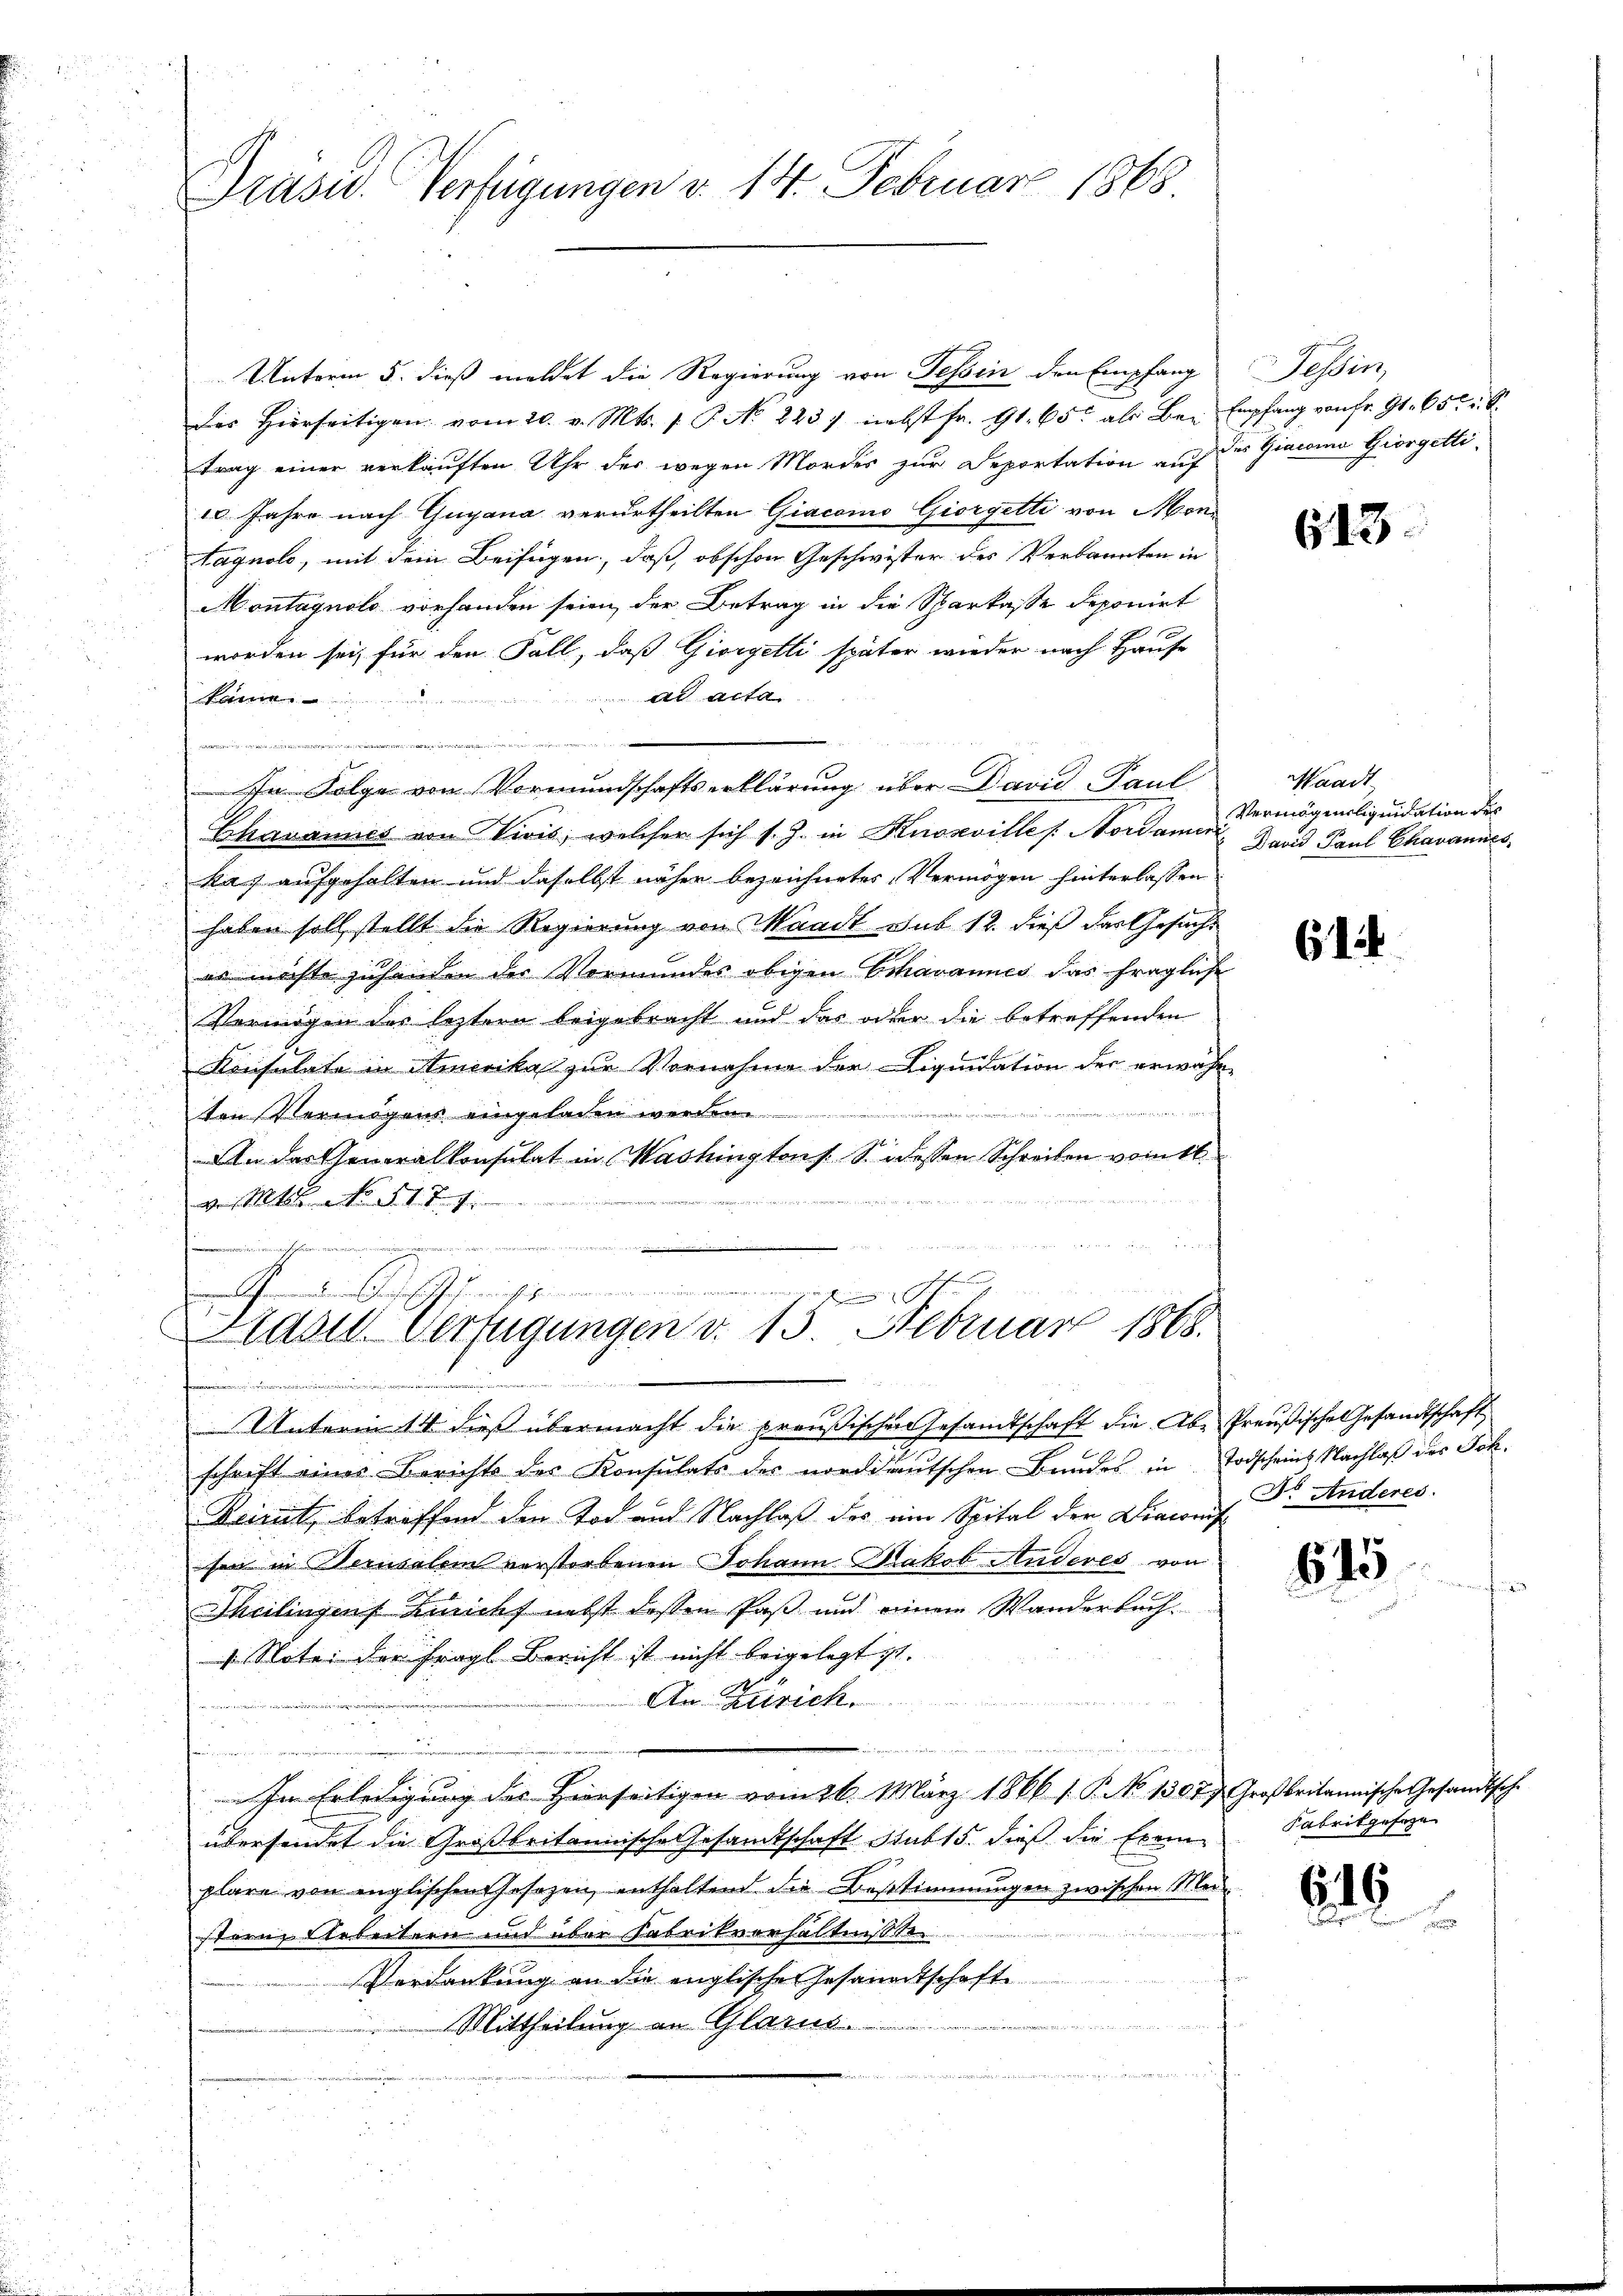
Prüse Verfügungen v. 14. Februar 1868.

Unterm 5. dieß meldet die Regierung von Tessin den Empfang
des Hierseitigen vom 20. v. Mts. 1. P. No 2237 nebst fr. 91. 65. als Bei
trag einer verkauften Uhr des wegen Mordes zur Deportation auf
10. Jahre nach Guyana verurtheilten Giacono Giorgetti von Mon
Aagnolo, mit dem Beifügen, daß obschon Geschwister des Verkannten in
Montagnolo vorhanden seien, der Betrag in die Sparkasse deponirt
worden sei, für den Fall, daß Giorgetti später wieder nach Hause
ad acta
Lame.
i
In Folge von Vormundschaftserklärung über David Paul
Chavannes von Divis, welcher sich s. Z. in Knoxville Nordamer
kas aufgehalten und daselbst näher bezeichneter Vermögen hinterlassen
haben soll stellt die Regierung von Waadt sub 12. dieß das Gesucht
en möchte zuhanden der Vormundes obigen Echavannes das fragliche
Vermögen des leztere beigebracht und das oder die betreffenden
Konsulate in Amerika zur Vornahme der Liquidation der erwäh-
ten Vermögens eingeladen werden
i
An das Generalkonsulat in Washington s. S. dessen Schreiben vom 16.

v. Mts. No. 5. 179

ahrenden Gericht gerich gemeinen
zutung

Hasel. Verfügungen d. 13. Februar 1868.

g
1
Unterm 14. dieß übermacht die preußischen Gesandtschaft die Abe Preußisches Gesandtschaft
schrift eines Berichts der Konsulats der norddeutschen Bundes in Todscheins Nachlaß des Sch.
Beirut, betreffend den Tod und Nachlaß des ein Spital der Diaconus Dr. Anderes.
sen in Berusalem verstorbenen Johann Makob Anderes von
e
Theilingens Lunchf nebst dessen Paß und einem Wanderbuch¬
1 Noter der Fragl Bericht ist nicht beigelegt ist.
An Zürich.
n

en ............
In Erledigung des Hierseitigen vom 26. März 1866 1. P. No 1307) Großbritannische Gesandtsche
übersendet die Großbritannische Gesandtschaft Stub 15. dieß die Exemplare von englischen Gesezen, enthaltend die Bestimmungen zwischen Mei
stern Arbeitern und über Fabrikverhältnisse
Verdankung an die englische Gesammtschaft
Mittheilung an Glarus.
d

Tessin,
Empfang von Fr. 91. 65 f.
des Gincina Giorgetti.

613.

Waadt,
Vermögenliquidation des
David Paul Chavannes,

b

614

615

Fabrikgeseze

6